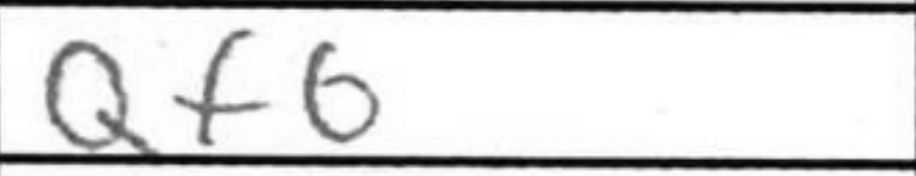
Transcription: Qf6